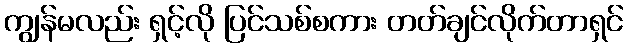
ကျွန်မလည်း ရှင့်လို ပြင်သစ်စကား တတ်ချင်လိုက်တာရှင်